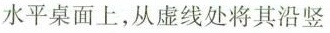
水平桌面上，从虚线处将其沿竖